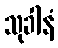
သုခါနံ